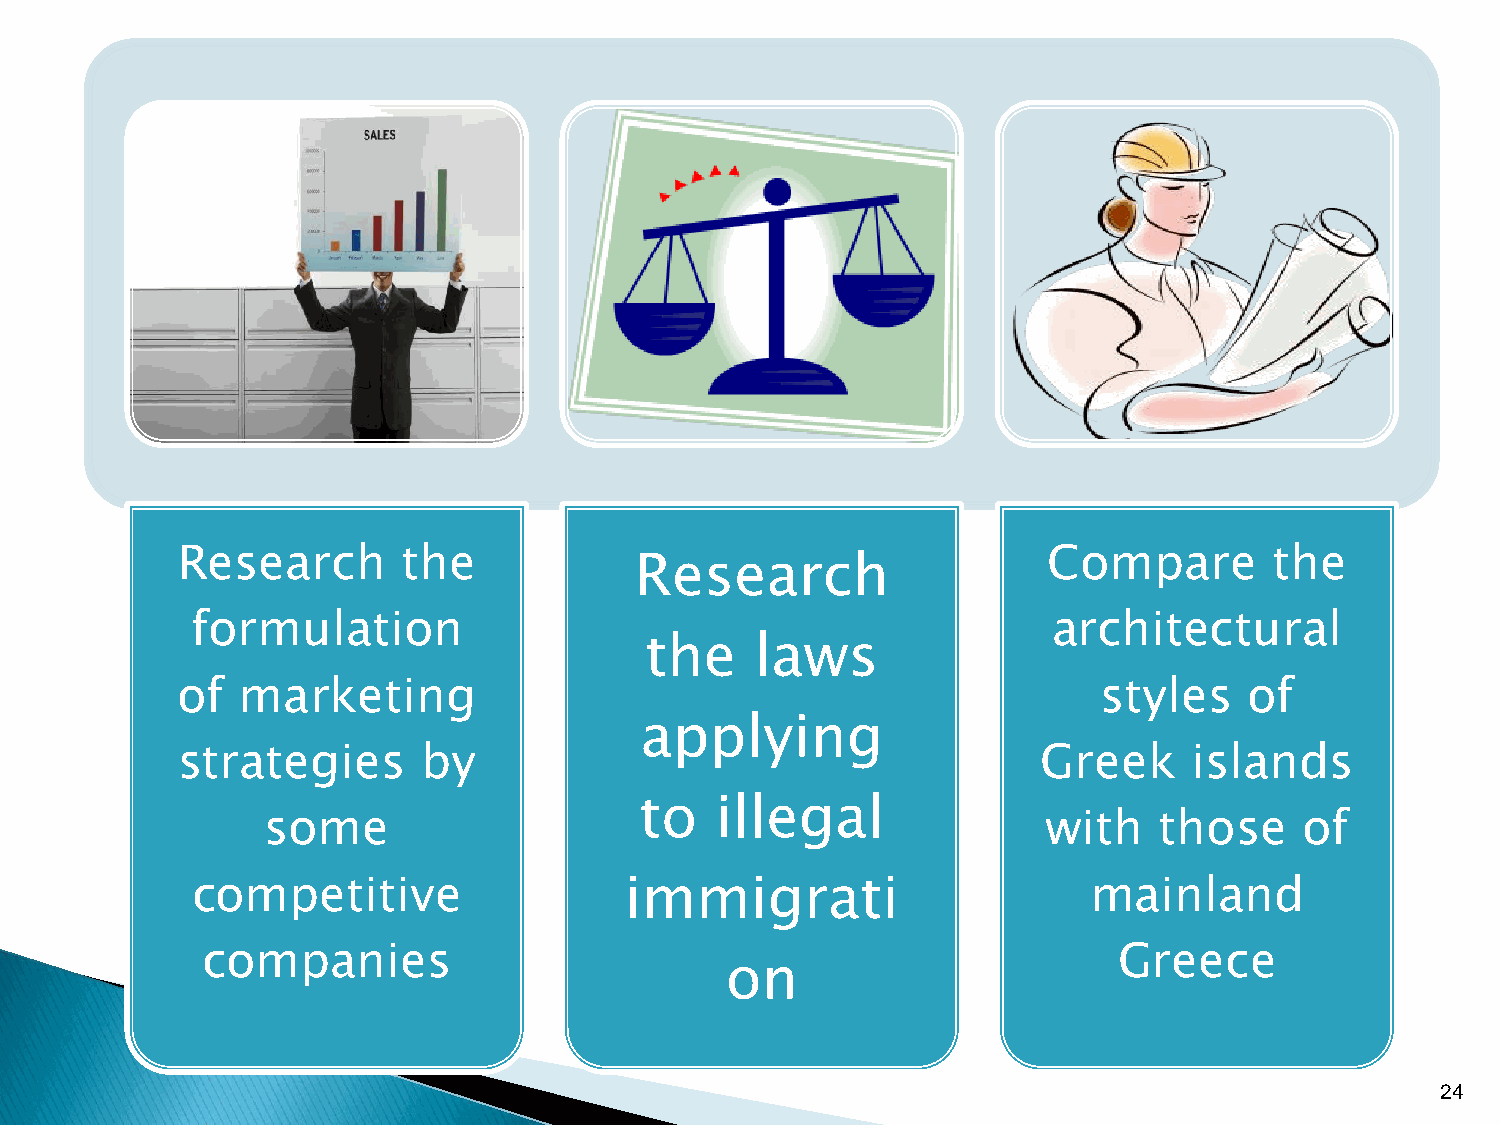
Research       the                                       Compare        the
 Research
 formulation                                              architectural
 the    laws
 of  marketing                                                styles    of
 applying
 strategies      by                                       Greek     islands
 to   illegal
 some                                                with    those    of
 competitive                 immigrati                      mainland
 companies                                                    Greece
 on
 24